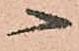
へ